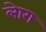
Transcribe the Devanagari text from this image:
लेाग